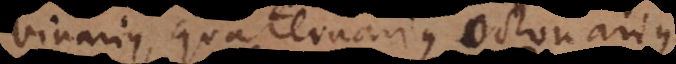
binarius, quaternarius, octonarius.